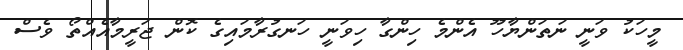
މީހަކު ވަނީ ނަތަންޔާހޫ އެންމެ ހިންގާ ހިވަނީ ހަނގުރާމައިގެ ކޮން ޖަރީމާއެއްތޯ ވެސް